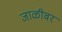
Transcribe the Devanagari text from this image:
जाळीवर